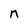
Character: n